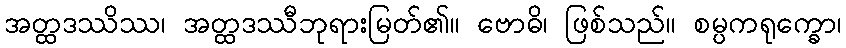
အတ္ထဒဿိဿ၊ အတ္ထဒဿီဘုရားမြတ်၏။ ဗောဓိ၊ ဖြစ်သည်။ စမ္ပကရုက္ခော၊